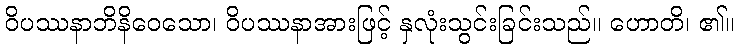
ဝိပဿနာဘိနိဝေသော၊ ဝိပဿနာအားဖြင့် နှလုံးသွင်းခြင်းသည်။ ဟောတိ၊ ၏။